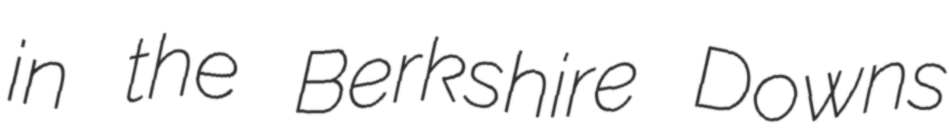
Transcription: in the Berkshire Downs